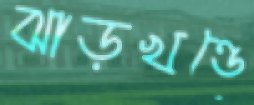
ঝাড়খণ্ডে